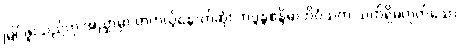
မြင်ဖူးသည်ဟု အညှာမှာ တကယ့်နောက်ဆုံး ဘဒ္ဒန္တစန္ဒိမာဘိဝံသက သက်ရှိမဟုတ်သော